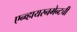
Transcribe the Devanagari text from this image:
एन्व्हायरनमेन्टची